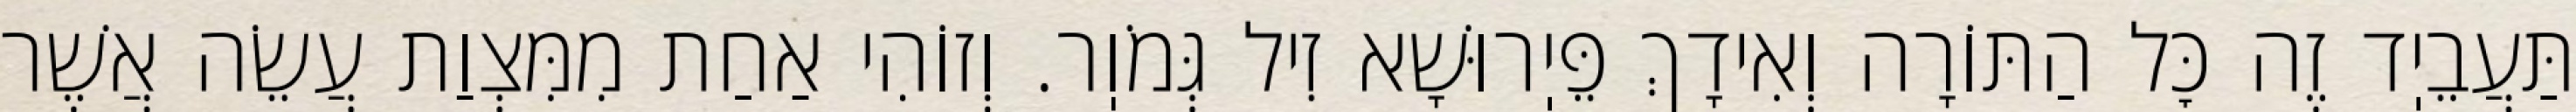
תַּעֲבֵיֽד זֶה כׇּל הַתּוֹרָה וְאִידָךְ פֵּיֽרוּשָׁא זִיל גְּמֹוֽר. וְזוֹהִי אַחַת מִמִּצְוַת עֲשֵׂה אֲשֶׁר